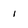
Character: 1